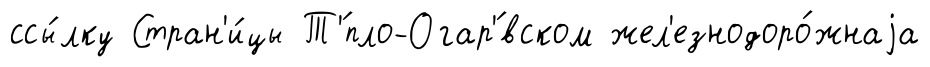
ссы́лку Стран'и́цы Т'́пло-Огар'́вском жел'езнодоро́жнаjа